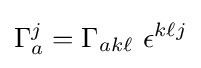
\Gamma _{a}^{j}=\Gamma _{ak\ell }\ \epsilon ^{k\ell j}